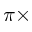
\pi \times